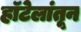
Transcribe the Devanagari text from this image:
हॉटेलांतून